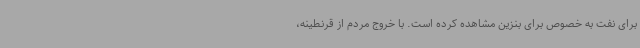
برای نفت به خصوص برای بنزین مشاهده کرده است. با خروج مردم از قرنطینه،